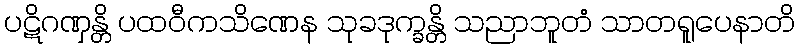
ပဋိဂဏှန္တိ ပထဝီကသိဏေန သုခဒုက္ခန္တိ သညာဘူတံ သာတရူပေနာတိ